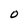
Character: O